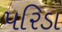
પરિડા